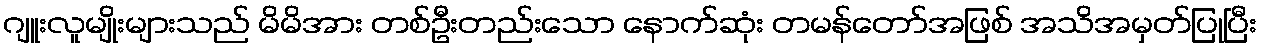
ဂျူးလူမျိုးများသည် မိမိအား တစ်ဦးတည်းသော နောက်ဆုံး တမန်တော်အဖြစ် အသိအမှတ်ပြုပြီး